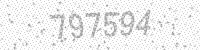
Solution: 797594